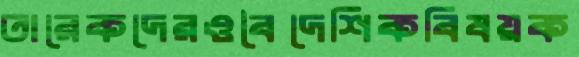
তারেকদেরওবৈদেশিকবিষয়ক